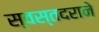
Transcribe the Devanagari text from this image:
स्वस्तदराने